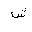
Letter: _shin